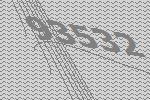
93532